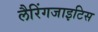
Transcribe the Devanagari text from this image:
लैरिंगजाइटिस